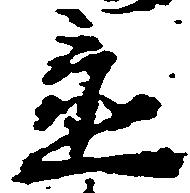
置